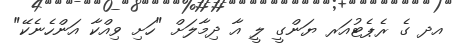
އދ ގެ ރެޕެޓުއަރ ޔަންގީ ލީ އާ ދިމާލަށް "ހަށި ވިއްކާ އަންހެނެކޭ"